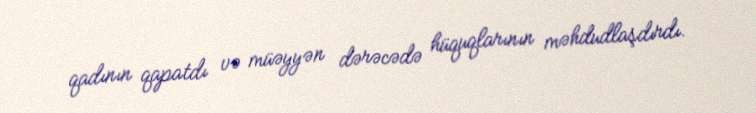
qadının qapatdı və müəyyən dərəcədə hüquqlarının məhdudlaşdırdı.